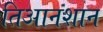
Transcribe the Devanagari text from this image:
तिआनशान